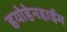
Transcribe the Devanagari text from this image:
हयोहेनहाईम